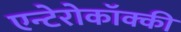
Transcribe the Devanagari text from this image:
एन्टेरोकॉक्की